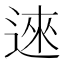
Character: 逨